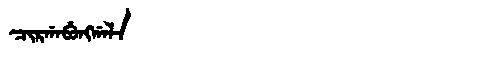
Manchu: ᠴᡳᡵᡤᠠᠪᡠᠩᡤᠠᠯᠠ
Romanization: CIRGABUNGGALA